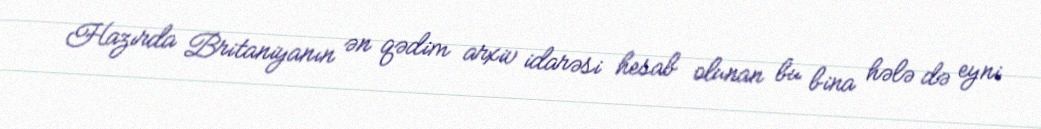
Hazırda Britaniyanın ən qədim arxiv idarəsi hesab olunan bu bina hələ də eyni